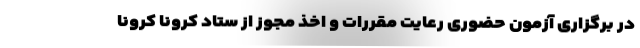
در برگزاری آزمون حضوری رعایت مقررات و اخذ مجوز از ستاد کرونا کرونا